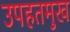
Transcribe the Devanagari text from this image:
उपहतमुख